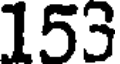
153